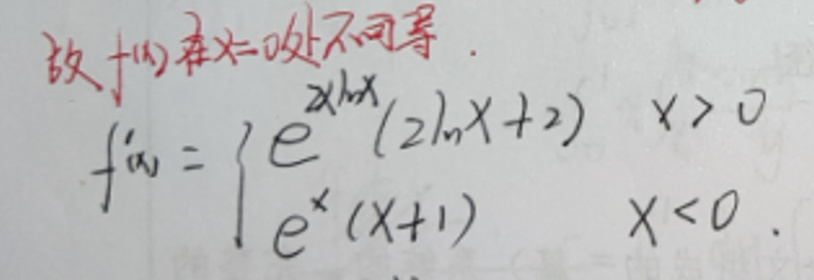
\[
f^\prime(x)=
\begin{cases}
e^{x\ln x}(2\ln x + 2) & x>0 \\
e^{x}(x + 1) & x<0
\end{cases}
\]